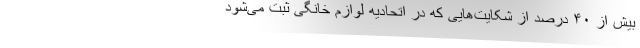
بیش از ۴۰ درصد از شکایت‌هایی که در اتحادیه لوازم خانگی ثبت می‌شود